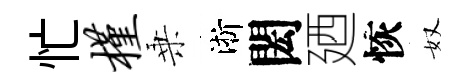
忙槿乗淅閎廼恢奴